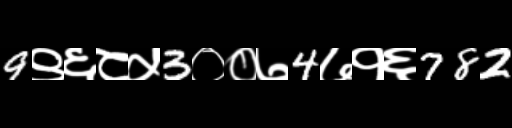
Text: 9९६८५3००७4७१६782